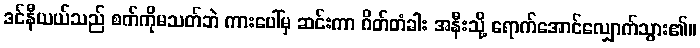
ဒင်နီယယ်သည် စက်ကိုမသတ်ဘဲ ကားပေါ်မှ ဆင်းကာ ဂိတ်တံခါး အနီးသို့ ရောက်အောင်လျှောက်သွား၏။